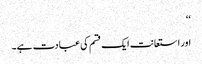
‘‘
اور استعانت ایک قسم کی عبادت ہے۔